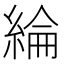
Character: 綸